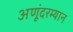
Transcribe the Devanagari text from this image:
अणूंदरम्यान